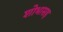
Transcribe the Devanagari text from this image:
शोभासह